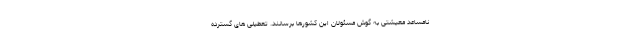
نامساعد معیشتی به گوش مسئولان این کشورها برسانند. تعطیلی های گسترده